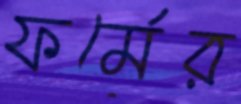
ফর্মের